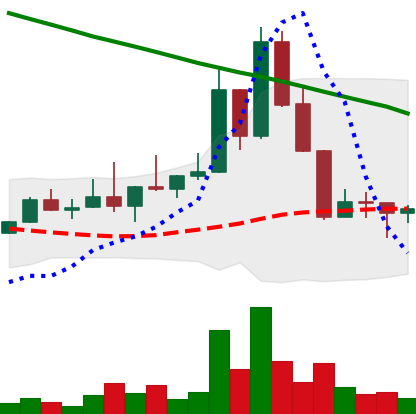
Ticker: DOGE-USD
Chart end date: 2022-08-23
Forward return: -10.156%
Label: down_7plus